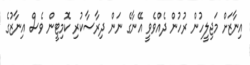
އިނާޒަށް މަޖިލީހުން ރުހުން ދެއްވެވީ އޭނާގެ ނަން ދިރާސާކުރި ކޮމިޓީން ވެސް އިނާޒުގެ